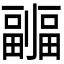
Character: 𠠦